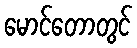
မောင်တောတွင်